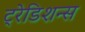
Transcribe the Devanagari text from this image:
ट्रेडिशन्स